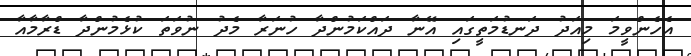
އެހެންވީމަ މިއަދު ދަނޑުމަތީގައި އޭނާ ދައްކަމުންދާ ހުނަރާ މެދު ނުވަތަ ކުޅެމުންދާ ޑްރާމާއާ